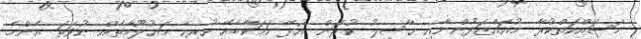
މަސައްކަތްކުރާ މުއައްޒަފުންނާއި ޙާސިލު ކުރަން އުޅޭ ކަމަކާބެހޭ ހުރިހާ މަޢުލޫމާތެއް ނުވަތަ އެންމެ